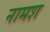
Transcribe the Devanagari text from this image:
नामश